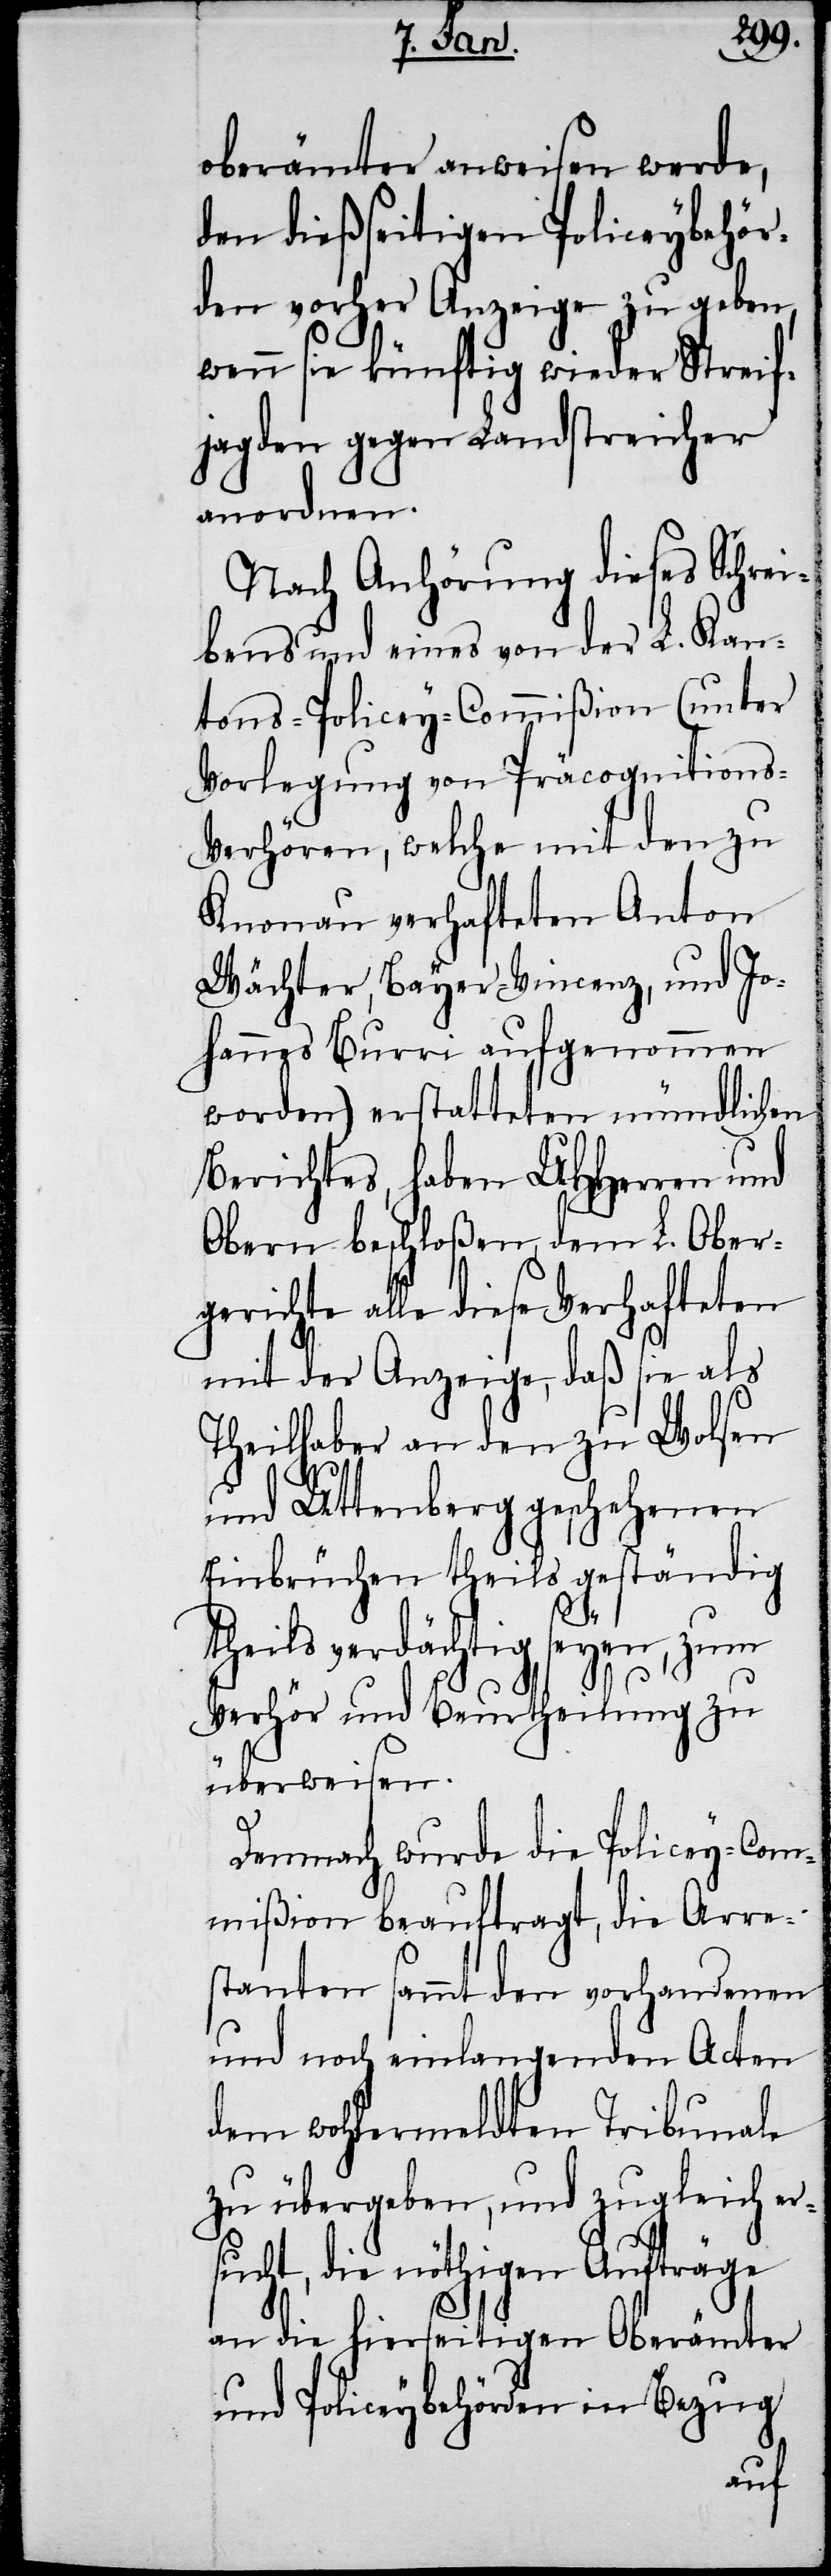
oberämter anweisen werde,
den dießseitigen Policeybehör¬
den vorher Anzeige zu geben,
wenn sie künftig wieder Streif¬
jagden gegen Landstreicher
anordnen.
Nach Anhörung dieses Schrei¬
bens und eines von der L. Kan¬
tons-Policey-Commißion (unter
Vorlegung von Präcognitions-V¬
erhören, welche mit den zu
Knonau verhafteten Anton
Wächter, Bayer-Vincenz, und Jo¬
hannes Burri aufgenommen
worden) erstatteten mündlichen
Berichtes, haben UHHerren und
Obern beschloßen, dem L. Ober¬
gerichte alle diese Verhafteten
mit der Anzeige, daß sie als
Theilhaber an den zu Wohlen
und Uttenberg geschehenen
Einbrüchen theils geständig
theils verdächtig seyen, zum
Verhör und Beurtheilung zu
überweisen.
Demnach wurde die Policey-Com¬
mißion beauftragt, die Arre¬
stanten sammt den vorhandenen
und noch einlangenden Acten
dem wohlermeldten Tribunale
zu übergeben, und zugleich er¬
sucht, die nöthigen Aufträge
an die hierseitigen Oberämter
und Policeybehörden in Bezug